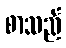
စာသည်